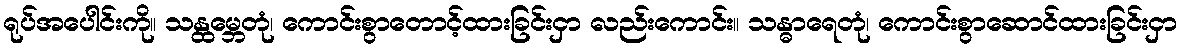
ရုပ်အပေါင်းကို။ သန္ထမ္ဘေတုံ၊ ကောင်းစွာတောင့်ထားခြင်းငှာ လည်းကောင်း။ သန္ဓာရေတုံ၊ ကောင်းစွာဆောင်ထားခြင်းငှာ